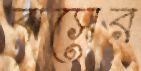
বাসের